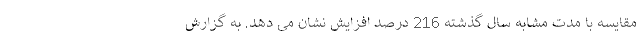
مقایسه با مدت مشابه سال گذشته 216 درصد افزایش نشان می دهد. به گزارش